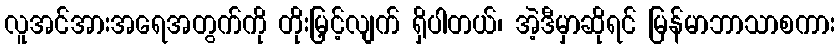
လူအင်အားအရေအတွက်ကို တိုးမြှင့်လျက် ရှိပါတယ်၊ အဲ့ဒီမှာဆိုရင် မြန်မာဘာသာစကား